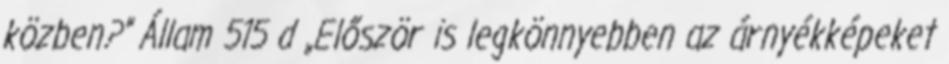
közben?” Állam 515 d „Először is legkönnyebben az árnyékképeket